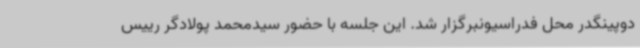
دوپینگدر محل فدراسیونبرگزار شد. این جلسه با حضور سیدمحمد پولادگر رییس